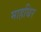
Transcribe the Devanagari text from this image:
माहथिर